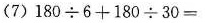
（7) $$180\div 6+180\div 30=$$